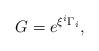
LaTeX: \begin{align*}G = e^{\xi^i\Gamma_i},\end{align*}